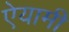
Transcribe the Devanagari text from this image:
ऐयामी